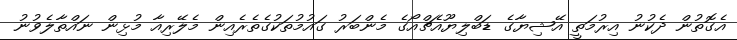
އެގޮތުން ދެކުނު އިރުމަތީ އޭޝިޔާގެ ޑަބްލިޔޫއެޗްއޯގެ މެންބަރު ގައުމުތަކުގެތެރެއިން މެލޭރިއާ މުޅިން ނައްތާލެވުނު